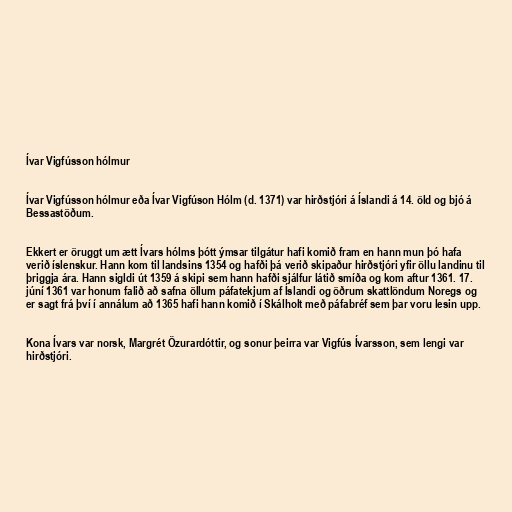
Ívar Vigfússon hólmur

Ívar Vigfússon hólmur eða Ívar Vigfúson Hólm (d. 1371) var hirðstjóri á Íslandi á 14. öld og bjó á
Bessastöðum.

Ekkert er öruggt um ætt Ívars hólms þótt ýmsar tilgátur hafi komið fram en hann mun þó hafa
verið íslenskur. Hann kom til landsins 1354 og hafði þá verið skipaður hirðstjóri yfir öllu landinu til
þriggja ára. Hann sigldi út 1359 á skipi sem hann hafði sjálfur látið smíða og kom aftur 1361. 17.
júní 1361 var honum falið að safna öllum páfatekjum af Íslandi og öðrum skattlöndum Noregs og
er sagt frá því í annálum að 1365 hafi hann komið í Skálholt með páfabréf sem þar voru lesin upp.

Kona Ívars var norsk, Margrét Özurardóttir, og sonur þeirra var Vigfús Ívarsson, sem lengi var
hirðstjóri.